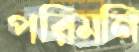
পরিমনি